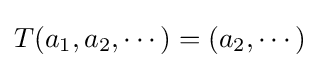
T(a_{1},a_{2},\cdots )=(a_{2},\cdots )